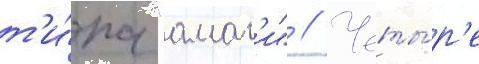
т'и́па "амаг'и" // Четы́р'е